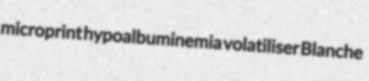
microprint hypoalbuminemia volatiliser Blanche